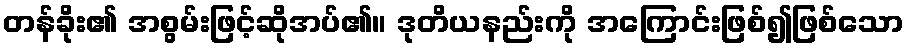
တန်ခိုး၏ အစွမ်းဖြင့်ဆိုအပ်၏။ ဒုတိယနည်းကို အကြောင်းဖြစ်၍ဖြစ်သော